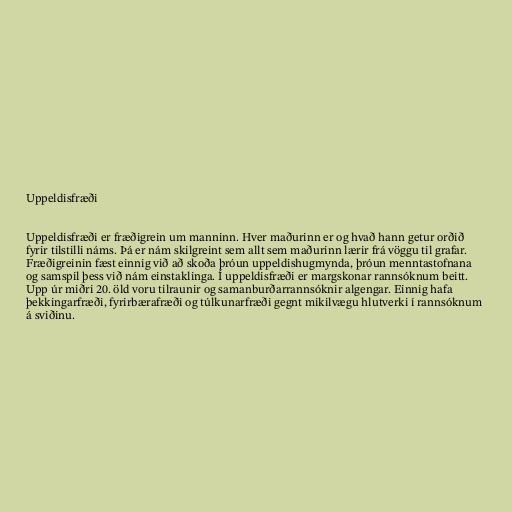
Uppeldisfræði

Uppeldisfræði er fræðigrein um manninn. Hver maðurinn er og hvað hann getur orðið
fyrir tilstilli náms. Þá er nám skilgreint sem allt sem maðurinn lærir frá vöggu til grafar.
Fræðigreinin fæst einnig við að skoða þróun uppeldishugmynda, þróun menntastofnana
og samspil þess við nám einstaklinga. Í uppeldisfræði er margskonar rannsóknum beitt.
Upp úr miðri 20. öld voru tilraunir og samanburðarrannsóknir algengar. Einnig hafa
þekkingarfræði, fyrirbærafræði og túlkunarfræði gegnt mikilvægu hlutverki í rannsóknum
á sviðinu.